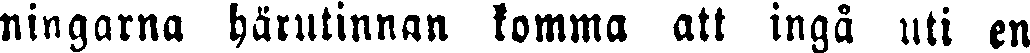
ningarna härutinnan komma att ingå uti en